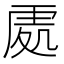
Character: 𠙚